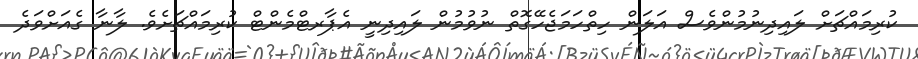
ކުރިމައްޗަށް ލައިދިނުމުންވެސް އަލަން ހިތްހަމަޖެހޭގޮތް ނުވުމުން ލައިދިނީ އެޕާރޓްމެންޓް ކުރިމައްޗަށެވެ. ލާނާ ގެއަށްވަދެ